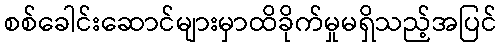
စစ်ခေါင်းဆောင်များမှာထိခိုက်မှုမရှိသည့်အပြင်